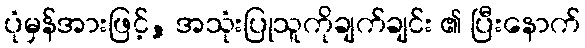
ပုံမှန်အားဖြင့်, အသုံးပြုသူကိုချက်ချင်း ၏ ပြီးနောက်